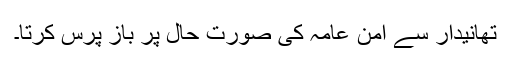
تھانیدار سے امن عامہ کی صورت حال پر باز پرس کرتا۔